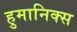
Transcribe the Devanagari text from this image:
हुमानिक्स